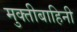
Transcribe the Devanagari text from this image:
मुक्तीबाहिनी